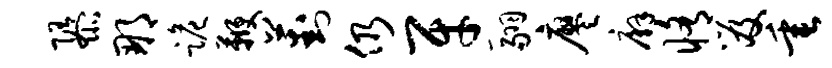
隳那跪鞭葑仍牙翮廖廨修笈垂